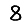
Digit: 8